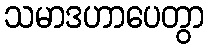
သမာဒဟာပေတွာ